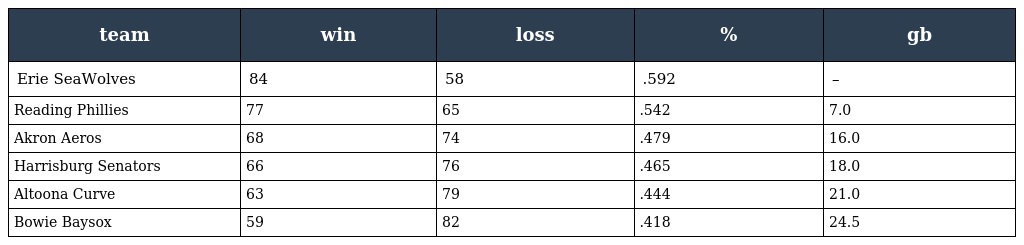
| team | win | loss | % | gb |
 | --- | --- | --- | --- | --- |
 | Erie SeaWolves | 84 | 58 | .592 | – |
 | Reading Phillies | 77 | 65 | .542 | 7.0 |
 | Akron Aeros | 68 | 74 | .479 | 16.0 |
 | Harrisburg Senators | 66 | 76 | .465 | 18.0 |
 | Altoona Curve | 63 | 79 | .444 | 21.0 |
 | Bowie Baysox | 59 | 82 | .418 | 24.5 |